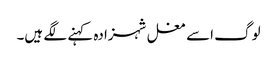
لوگ اسے مغل شہزادہ کہنے لگے ہیں۔